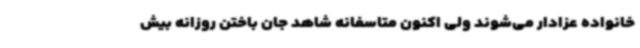
خانواده عزادار می‌شوند ولی اکنون متاسفانه شاهد جان باختن روزانه بیش